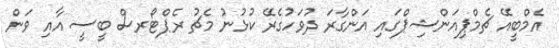
އެމްބީއޭ ޗެމްޕިއަންޝިޕްގައި އަންގާރަ ދުވަހުގެރޭ ކުޅުނު މެޗު ރެޕްޓޯރސް ބީސީ އާއި ވަން